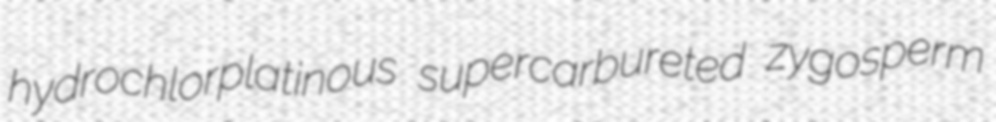
hydrochlorplatinous supercarbureted zygosperm